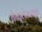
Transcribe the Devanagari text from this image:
बेन्द्लेरब्लाक